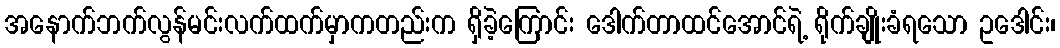
အနောက်ဘက်လွန်မင်းလက်ထက်မှာကတည်းက ရှိခဲ့ကြောင်း ဒေါက်တာထင်အောင်ရဲ့ ရိုက်ချိုးခံရသော ဥဒေါင်း၊